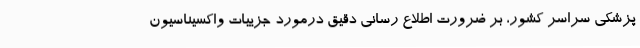
پزشکی سراسر کشور، بر ضرورت اطلاع رسانی دقیق درمورد جزییات واکسیناسیون